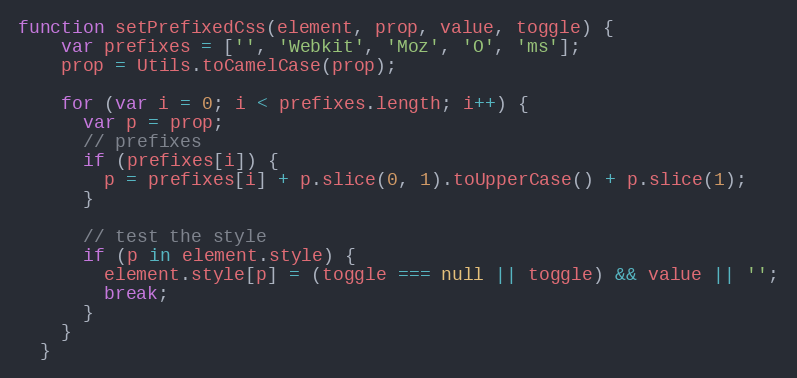
Language: JavaScript
function setPrefixedCss(element, prop, value, toggle) {
    var prefixes = ['', 'Webkit', 'Moz', 'O', 'ms'];
    prop = Utils.toCamelCase(prop);

    for (var i = 0; i < prefixes.length; i++) {
      var p = prop;
      // prefixes
      if (prefixes[i]) {
        p = prefixes[i] + p.slice(0, 1).toUpperCase() + p.slice(1);
      }

      // test the style
      if (p in element.style) {
        element.style[p] = (toggle === null || toggle) && value || '';
        break;
      }
    }
  }